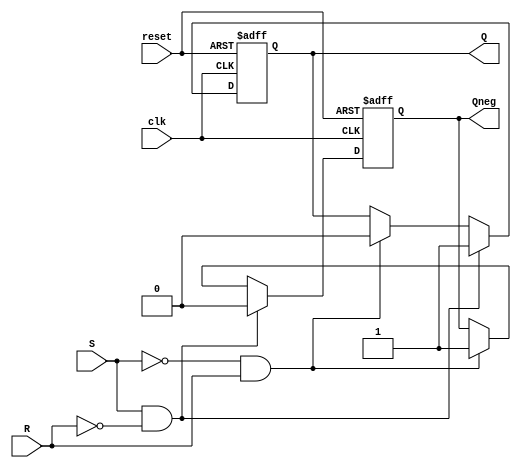
module SR_flipflop (
    input S, // Set input
    input R, // Reset input
    input clk, // Clock input
    input reset, // Asynchronous reset input
    output reg Q, // Output Q
    output reg Qneg // Output Q'
);

always @(posedge clk or posedge reset) begin
    if (reset) begin
        Q <= 0;
        Qneg <= 1;
    end else begin
        if (S && !R) begin // S = 1, R = 0
            Q <= 1;
            Qneg <= 0;
        end else if (!S && R) begin // S = 0, R = 1
            Q <= 0;
            Qneg <= 1;
        end else begin // S = 0, R = 0
            // Hold previous state
        end
    end
end

endmodule